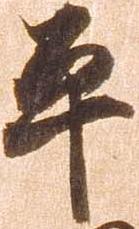
平